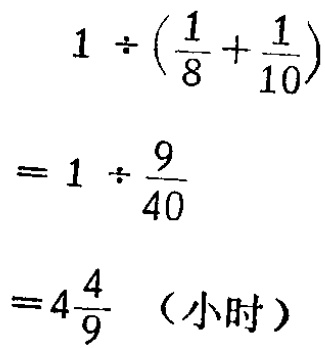
\[

\begin{align*}

&1\div(\frac{1}{8}+\frac{1}{10})\\

=&1\div\frac{9}{40}\\

=&4\frac{4}{9} \text{（小时）}

\end{align*}

\]